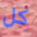
كل